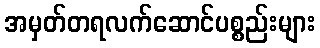
အမှတ်တရလက်ဆောင်ပစ္စည်းများ